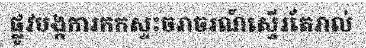
ផ្លូវបង្កការកកស្ទះចរាចរណ៍ស្ទើរតែរាល់